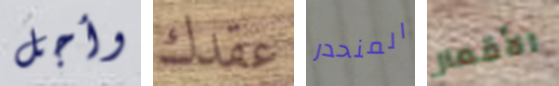
وأجل عقدك المنحدر الأقمار